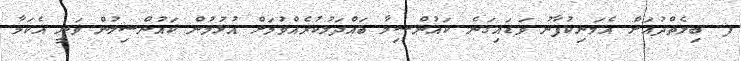
ފ. ބިލެތްދުއަށް އެމަނިކުފާނު ވަޑައިގަނެ ކައުންސިލާ ބައްދަލުކުރެއްވުމަށް އުޅުމުން ކައުންސިލުން ވަނީ އެކަމާ